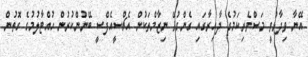
އޭނާ ވިދާޅުވީ މަސްވެރިކަމުގެ ދާއިރާގައި ގެންގުޅޭ ނިޒާމްތަކުން އެޗްސީއެފްސީ ބޭނުންކުރުން ހުއްޓާލުމުގެ ގޮތުން